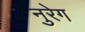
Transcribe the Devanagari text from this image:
नुरेग